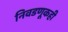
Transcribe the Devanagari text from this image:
निवडणूकही